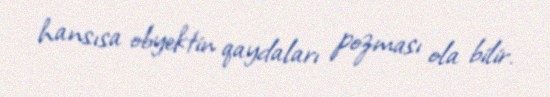
hansısa obyektin qaydaları pozması ola bilir.